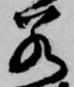
若